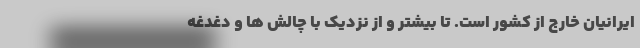
ایرانیان خارج از کشور است. تا بیشتر و از نزدیک با چالش ها و دغدغه